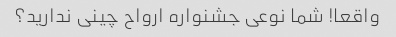
واقعا! شما نوعی جشنواره ارواح چینی ندارید؟